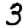
Digit: 3